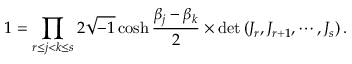
1 = \prod _ { r \le j < k \le s } 2 \sqrt { - 1 } \cosh \frac { \beta _ { j } - \beta _ { k } } { 2 } \times \operatorname * { d e t } \left( J _ { r } , J _ { r + 1 } , \cdots , J _ { s } \right) .